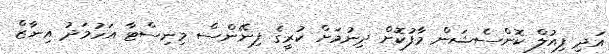
އަދި ފިއުލް ކޮންސެޝަން މާފުކޮށް ދިނުމަށް ކުރީގެ ފިނޭންސް މިނިސްޓާ އަހުމަދު އިނާޒް